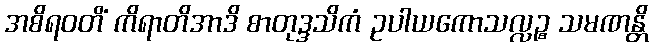
အစိရဝတိံ ကိရာတိအာဒိ စာတုဒ္ဒသိကံ ဥပါယကောသလ္လဉ္စ သမဏန္တိ